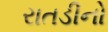
રાતડીનો